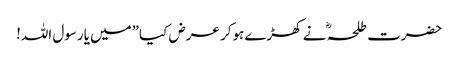
حضرت طلحہ ؓ نے کھڑے ہوکر عرض کیا”میں یارسول اللہ!